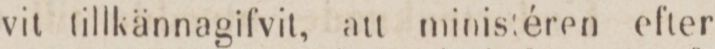
vit tillkännagifvit, att ministéren efter